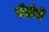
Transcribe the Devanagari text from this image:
पीढीचे